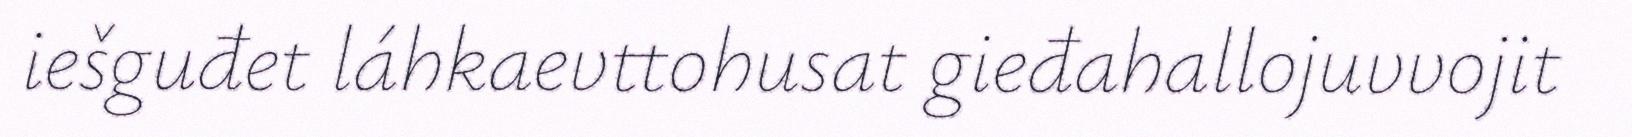
iešguđet láhkaevttohusat gieđahallojuvvojit